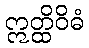
ဣတ္ထိဝိဓံ